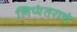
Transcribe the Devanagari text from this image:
लिप्यंतराचे